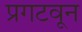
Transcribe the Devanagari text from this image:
प्रगटवून